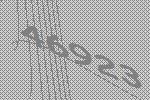
46923